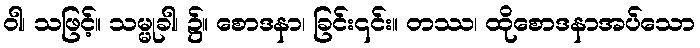
ဝါ၊ သဖြင့်။ သမ္မုခါ၊ ၌။ စောဒနာ၊ ခြင်း၎င်း။ တဿ၊ ထိုစောဒနာအပ်သော